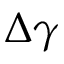
\Delta \gamma